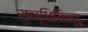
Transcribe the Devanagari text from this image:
सन्धिबिन्दु